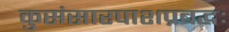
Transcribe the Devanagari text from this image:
कुसंसारपाशप्रबद्धः